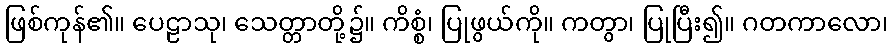
ဖြစ်ကုန်၏။ ပေဠာသု၊ သေတ္တာတို့၌။ ကိစ္စံ၊ ပြုဖွယ်ကို။ ကတွာ၊ ပြုပြီး၍။ ဂတကာလော၊